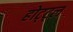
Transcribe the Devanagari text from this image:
होट्ट्ल